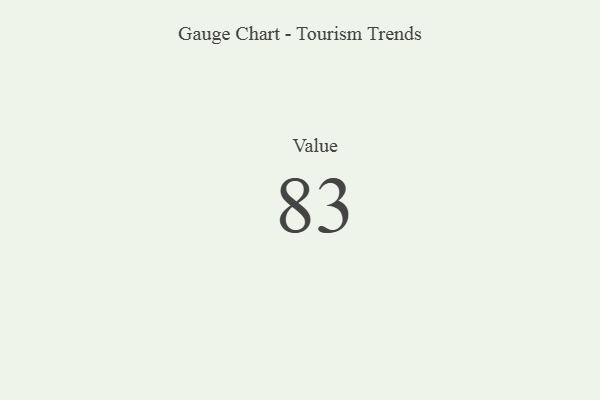
{"axis": {"x": "Metric", "y": "Value"}, "legend": [""], "data": [{"x": "Value", "y": 83, "type": ""}]}